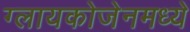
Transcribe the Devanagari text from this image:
ग्लायकोजेनमध्ये